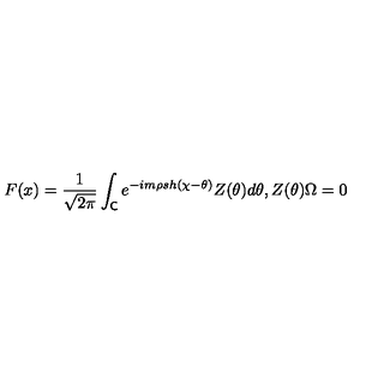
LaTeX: F ( x ) = \frac { 1 } { \sqrt { 2 \pi } } \int _ { \mathsf { C } } e ^ { - i m \rho s h ( \chi - \theta ) } Z ( \theta ) d \theta , Z ( \theta ) \Omega = 0 \,